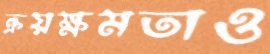
ক্রয়ক্ষমতাও